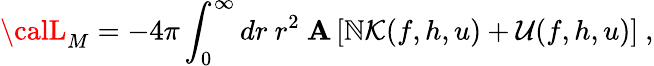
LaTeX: {\calL}_{M}=-4\pi\int_{0}^{\infty}dr\ r^{2}\ \mathbf{A}\left[\mathbb{N}{\cal{K}}(f,h,u)+{\cal{U}}(f,h,u)\right]\ ,